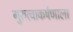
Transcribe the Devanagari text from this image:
गुरुत्वाकर्षणाला